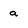
Character: a